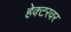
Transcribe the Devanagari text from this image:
हेक्टरवर